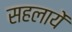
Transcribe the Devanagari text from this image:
सहलायें